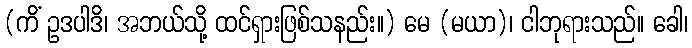
(ကိံ ဥဒပါဒိ၊ အဘယ်သို့ ထင်ရှားဖြစ်သနည်း။) မေ (မယာ)၊ ငါဘုရားသည်။ ခေါ၊